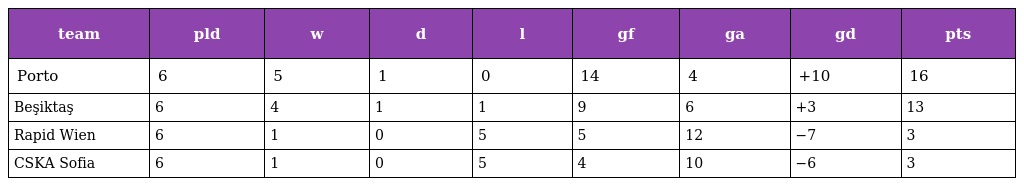
| team | pld | w | d | l | gf | ga | gd | pts |
 | --- | --- | --- | --- | --- | --- | --- | --- | --- |
 | Porto | 6 | 5 | 1 | 0 | 14 | 4 | +10 | 16 |
 | Beşiktaş | 6 | 4 | 1 | 1 | 9 | 6 | +3 | 13 |
 | Rapid Wien | 6 | 1 | 0 | 5 | 5 | 12 | −7 | 3 |
 | CSKA Sofia | 6 | 1 | 0 | 5 | 4 | 10 | −6 | 3 |